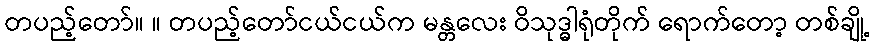
တပည့်တော်။ ။ တပည့်တော်ငယ်ငယ်က မန္တလေး ဝိသုဒ္ဓါရုံတိုက် ရောက်တော့ တစ်ချို့